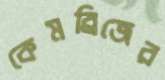
কেমব্রিজের